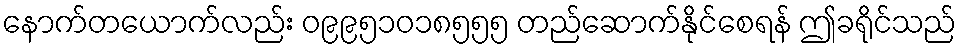
နောက်တယောက်လည်း ၀၉၉၅၁၀၁၈၅၅၅ တည်ဆောက်နိုင်စေရန် ဤခရိုင်သည်